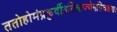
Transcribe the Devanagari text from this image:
ततोहोमंप्रकुर्वीततिलाज्येनविचक्षणः